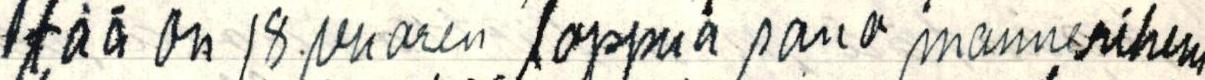
tää on 18. vuoren loppua sano mannerihem